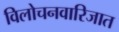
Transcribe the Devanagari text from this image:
विलोचनवारिजात